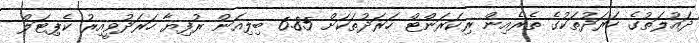
ދައުލަތުގެ ހަރަދުތަކުގެ ތެރެއިން ރިކަރަންޓް ހަރަދުތަކަށް 6.85 ބިލިއަން ރުފިޔާ ހަރަދުވީއިރު ކެޕިޓަލް